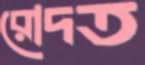
রোদত